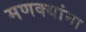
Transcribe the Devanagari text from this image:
मणक्यांना